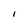
Character: I